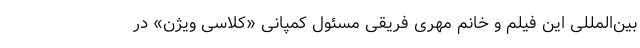
بین‌المللی این فیلم و خانم مهری فریقی مسئول کمپانی «کلاسی ویژن» در